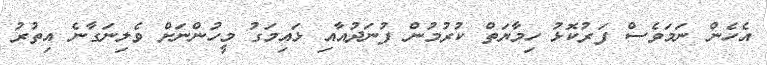
އެހެން ނަމަވެސް ފަރުކޮޅު ހިމާޔަތް ކުރުމުން ފުނަދުއާއި ޅައިމަގު މީހުންނަށް ވެލިނަގާނެ އިތުރު